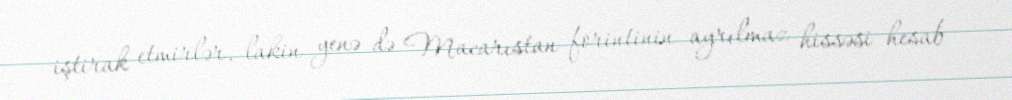
iştirak etmirlər, lakin yenə də Macarıstan forintinin ayrılmaz hissəsi hesab